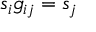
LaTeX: s _ { i } g _ { i j } = s _ { j }